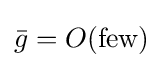
{\bar {g}}=O({\text{few}})